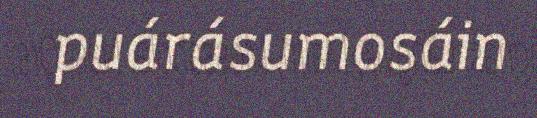
puárásumosáin